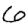
Digit: 6